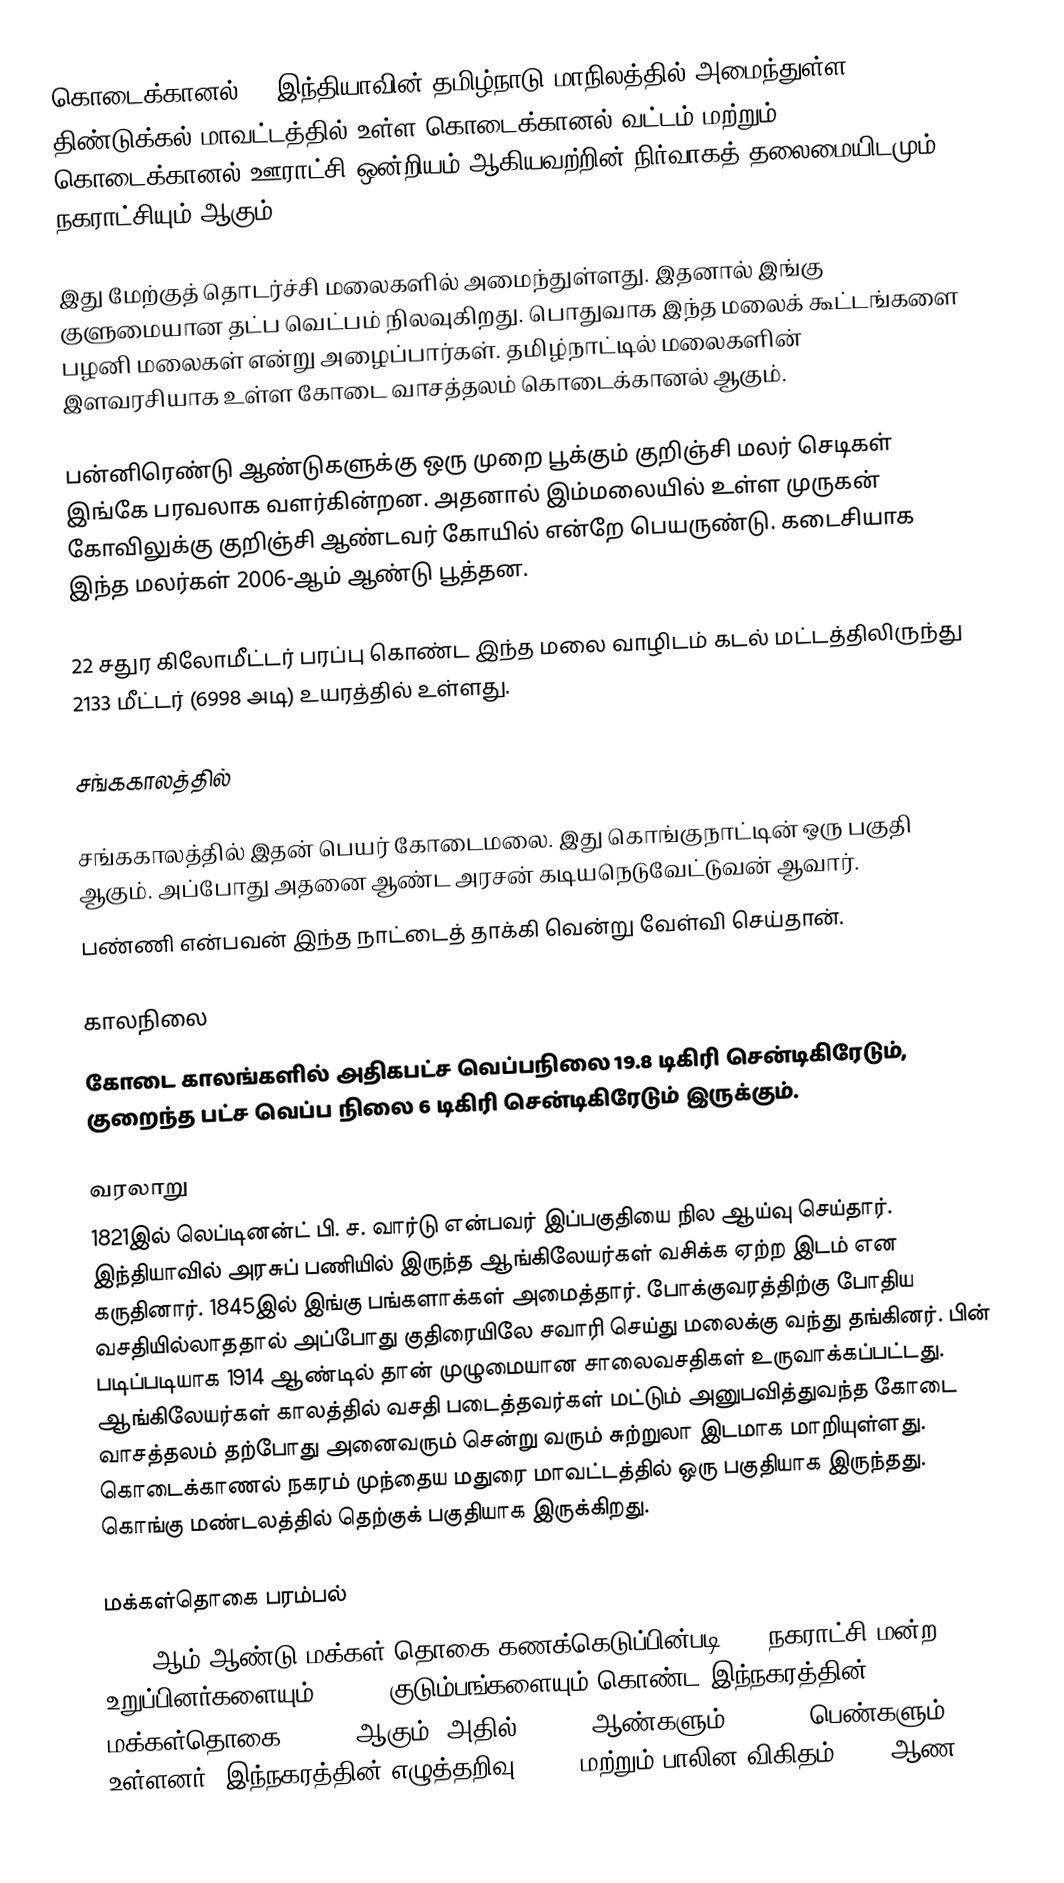
கொடைக்கானல் () இந்தியாவின் தமிழ்நாடு மாநிலத்தில் அமைந்துள்ள திண்டுக்கல் மாவட்டத்தில் உள்ள கொடைக்கானல் வட்டம் மற்றும் கொடைக்கானல் ஊராட்சி ஒன்றியம் ஆகியவற்றின் நிர்வாகத் தலைமையிடமும், நகராட்சியும் ஆகும்.

இது மேற்குத் தொடர்ச்சி மலைகளில் அமைந்துள்ளது. இதனால் இங்கு குளுமையான தட்ப வெட்பம் நிலவுகிறது. பொதுவாக இந்த மலைக் கூட்டங்களை பழனி மலைகள் என்று அழைப்பார்கள். தமிழ்நாட்டில் மலைகளின் இளவரசியாக உள்ள கோடை வாசத்தலம் கொடைக்கானல் ஆகும்.

பன்னிரெண்டு ஆண்டுகளுக்கு ஒரு முறை பூக்கும் குறிஞ்சி மலர் செடிகள் இங்கே பரவலாக வளர்கின்றன. அதனால் இம்மலையில் உள்ள முருகன் கோவிலுக்கு குறிஞ்சி ஆண்டவர் கோயில் என்றே பெயருண்டு. கடைசியாக இந்த மலர்கள் 2006-ஆம் ஆண்டு பூத்தன.

22 சதுர கிலோமீட்டர் பரப்பு கொண்ட இந்த மலை வாழிடம் கடல் மட்டத்திலிருந்து 2133 மீட்டர் (6998 அடி) உயரத்தில் உள்ளது.

சங்ககாலத்தில்

சங்ககாலத்தில் இதன் பெயர் கோடைமலை. இது கொங்குநாட்டின் ஒரு பகுதி ஆகும். அப்போது அதனை ஆண்ட அரசன் கடியநெடுவேட்டுவன் ஆவார்.
பண்ணி என்பவன் இந்த நாட்டைத் தாக்கி வென்று வேள்வி செய்தான்.

காலநிலை
கோடை காலங்களில் அதிகபட்ச வெப்பநிலை 19.8 டிகிரி சென்டிகிரேடும், குறைந்த பட்ச வெப்ப நிலை 6 டிகிரி சென்டிகிரேடும் இருக்கும்.

வரலாறு
1821இல் லெப்டினன்ட் பி. ச. வார்டு என்பவர் இப்பகுதியை நில ஆய்வு செய்தார். இந்தியாவில் அரசுப் பணியில் இருந்த ஆங்கிலேயர்கள் வசிக்க ஏற்ற இடம் என கருதினார். 1845இல் இங்கு பங்களாக்கள் அமைத்தார். போக்குவரத்திற்கு போதிய வசதியில்லாததால் அப்போது குதிரையிலே சவாரி செய்து மலைக்கு வந்து தங்கினர். பின் படிப்படியாக 1914 ஆண்டில் தான் முழுமையான சாலைவசதிகள் உருவாக்கப்பட்டது. ஆங்கிலேயர்கள் காலத்தில் வசதி படைத்தவர்கள் மட்டும் அனுபவித்துவந்த கோடை வாசத்தலம் தற்போது அனைவரும் சென்று வரும் சுற்றுலா இடமாக மாறியுள்ளது. கொடைக்காணல் நகரம் முந்தைய மதுரை மாவட்டத்தில் ஒரு பகுதியாக இருந்தது. கொங்கு மண்டலத்தில் தெற்குக் பகுதியாக இருக்கிறது.

மக்கள்தொகை பரம்பல்
2011-ஆம் ஆண்டு மக்கள் தொகை கணக்கெடுப்பின்படி,  24  நகராட்சி மன்ற உறுப்பினர்களையும்,  9,442 குடும்பங்களையும் கொண்ட இந்நகரத்தின் மக்கள்தொகை 36,501   ஆகும். அதில் 18,216  ஆண்களும், 18,285  பெண்களும் உள்ளனர்.   இந்நகரத்தின் எழுத்தறிவு 89.3%  மற்றும் பாலின விகிதம்  1000 ஆண